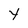
Character: Y